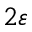
2 \varepsilon